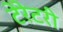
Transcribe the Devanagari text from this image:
टेरेटरी